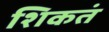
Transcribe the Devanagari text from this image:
शिकतं